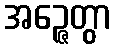
အဉ္ဇေတွာ